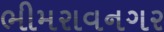
ભીમરાવનગર